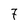
Character: 7